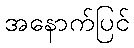
အနောက်ပြင်